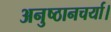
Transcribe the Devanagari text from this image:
अनुष्ठानचर्या।